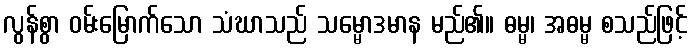
လွန်စွာ ဝမ်းမြောက်သော သံဃာသည် သမ္မောဒမာန မည်၏။ ဓမ္မ၊ အဓမ္မ စသည်ဖြင့်